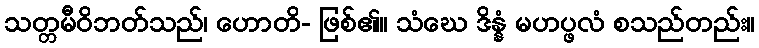
သတ္တမီဝိဘတ်သည်၊ ဟောတိ- ဖြစ်၏။ သံဃေ ဒိန္နံ မဟပ္ဖလံ စသည်တည်း။